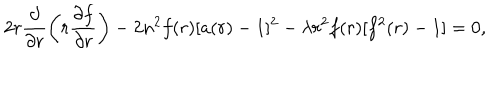
2 r \frac { \partial } { \partial r } \left( r \frac { \partial f } { \partial r } \right) - 2 n ^ { 2 } f ( r ) [ a ( r ) - 1 ] ^ { 2 } - \lambda r ^ { 2 } f ( r ) [ f ^ { 2 } ( r ) - 1 ] = 0 ,